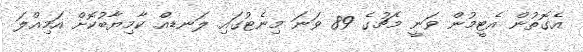
އެގޮތުން އެޓީމުން ވަނީ މެޗުގެ 89 ވަނަ މިނެޓުގައި ލަނޑއް ކާމިޔާބުކޮށް އަމިއްލަ